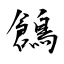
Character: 鶬